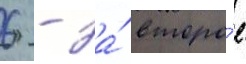
6 - за́ второ́е